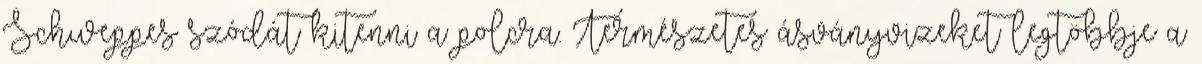
Schweppes szódát kitenni a polcra. Természetes ásványvizeket legtöbbje a